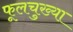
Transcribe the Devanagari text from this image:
फूलचुख्या